Source: Handwritten
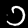
Digit: ၁ (1)